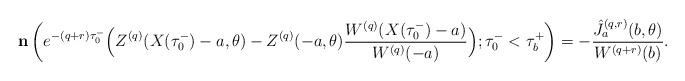
LaTeX: \begin{align*}&\mathbf{n} \left(e^{-(q+r) \tau_0^-}\Big(Z^{(q)} (X(\tau_0^-)-a,\theta ) - Z^{(q)} (-a,\theta ) \frac {W^{(q)} (X(\tau_0^-)-a)} {W^{(q)}(-a)} \Big) ; \tau_0^-< \tau_b^+ \right) =-\frac{\hat{J}_a^{(q,r)}(b, \theta)}{W^{(q+r)}(b)}.\end{align*}